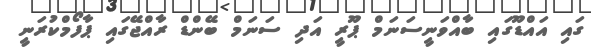
ގައި އައްޑޫގައި ބާއްވަނީސަނަމް ޕޫރީ އަދި ސަނަމް ބޭންޑް ރާއްޖޭގައި ޕާފޯމްކުރަނީ